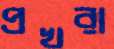
প্রখরা